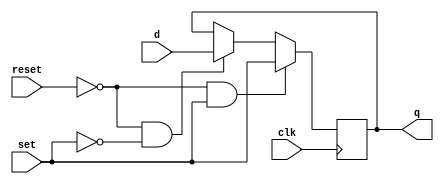
module reset_set_d_ff (
    input wire clk,
    input wire reset,
    input wire set,
    input wire d,
    output reg q
);

always @(posedge clk) begin
    if (!reset && set) begin
        q <= set;
    end else if (!reset && !set) begin
        q <= d;
    end
end

endmodule